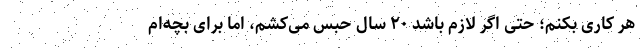
هر کاری بکنم؛ حتی اگر لازم باشد ۲۰ سال حبس می‌کشم، اما برای بچه‌ام